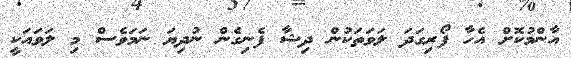
އާންމުކޮށް އެހާ ފޯރިގަދަ ލަވަތަކުން ދިޝާ ފެނިގެން ނުދިޔަ ނަމަވެސް މި ލަވައަކީ